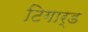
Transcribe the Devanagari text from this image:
टिगार्ड